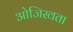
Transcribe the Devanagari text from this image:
ओजिस्वता